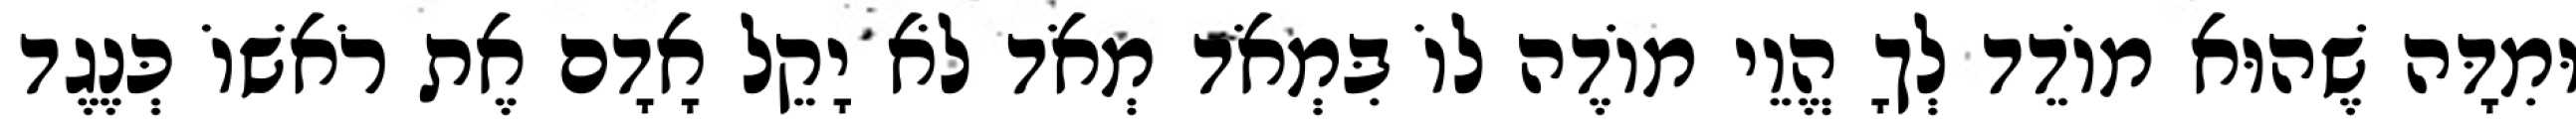
וּמִדָּה שֶׁהוּא מוֹדֵד לְךָ הֱוֵי מוֹדֶה לוֹ בִּמְאֹד מְאֹד לֹא יָקֵל אָדָם אֶת רֹאשׁוֹ כְּנֶגֶד